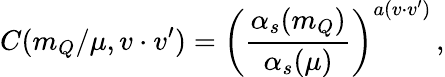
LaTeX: C(m_{Q}/\mu,v\cdot v^{\prime})=\left(\frac{\alpha_{s}(m_{Q})}{\alpha_{s}(\mu)}\right)^{a(v\cdot v^{\prime})}\, ,